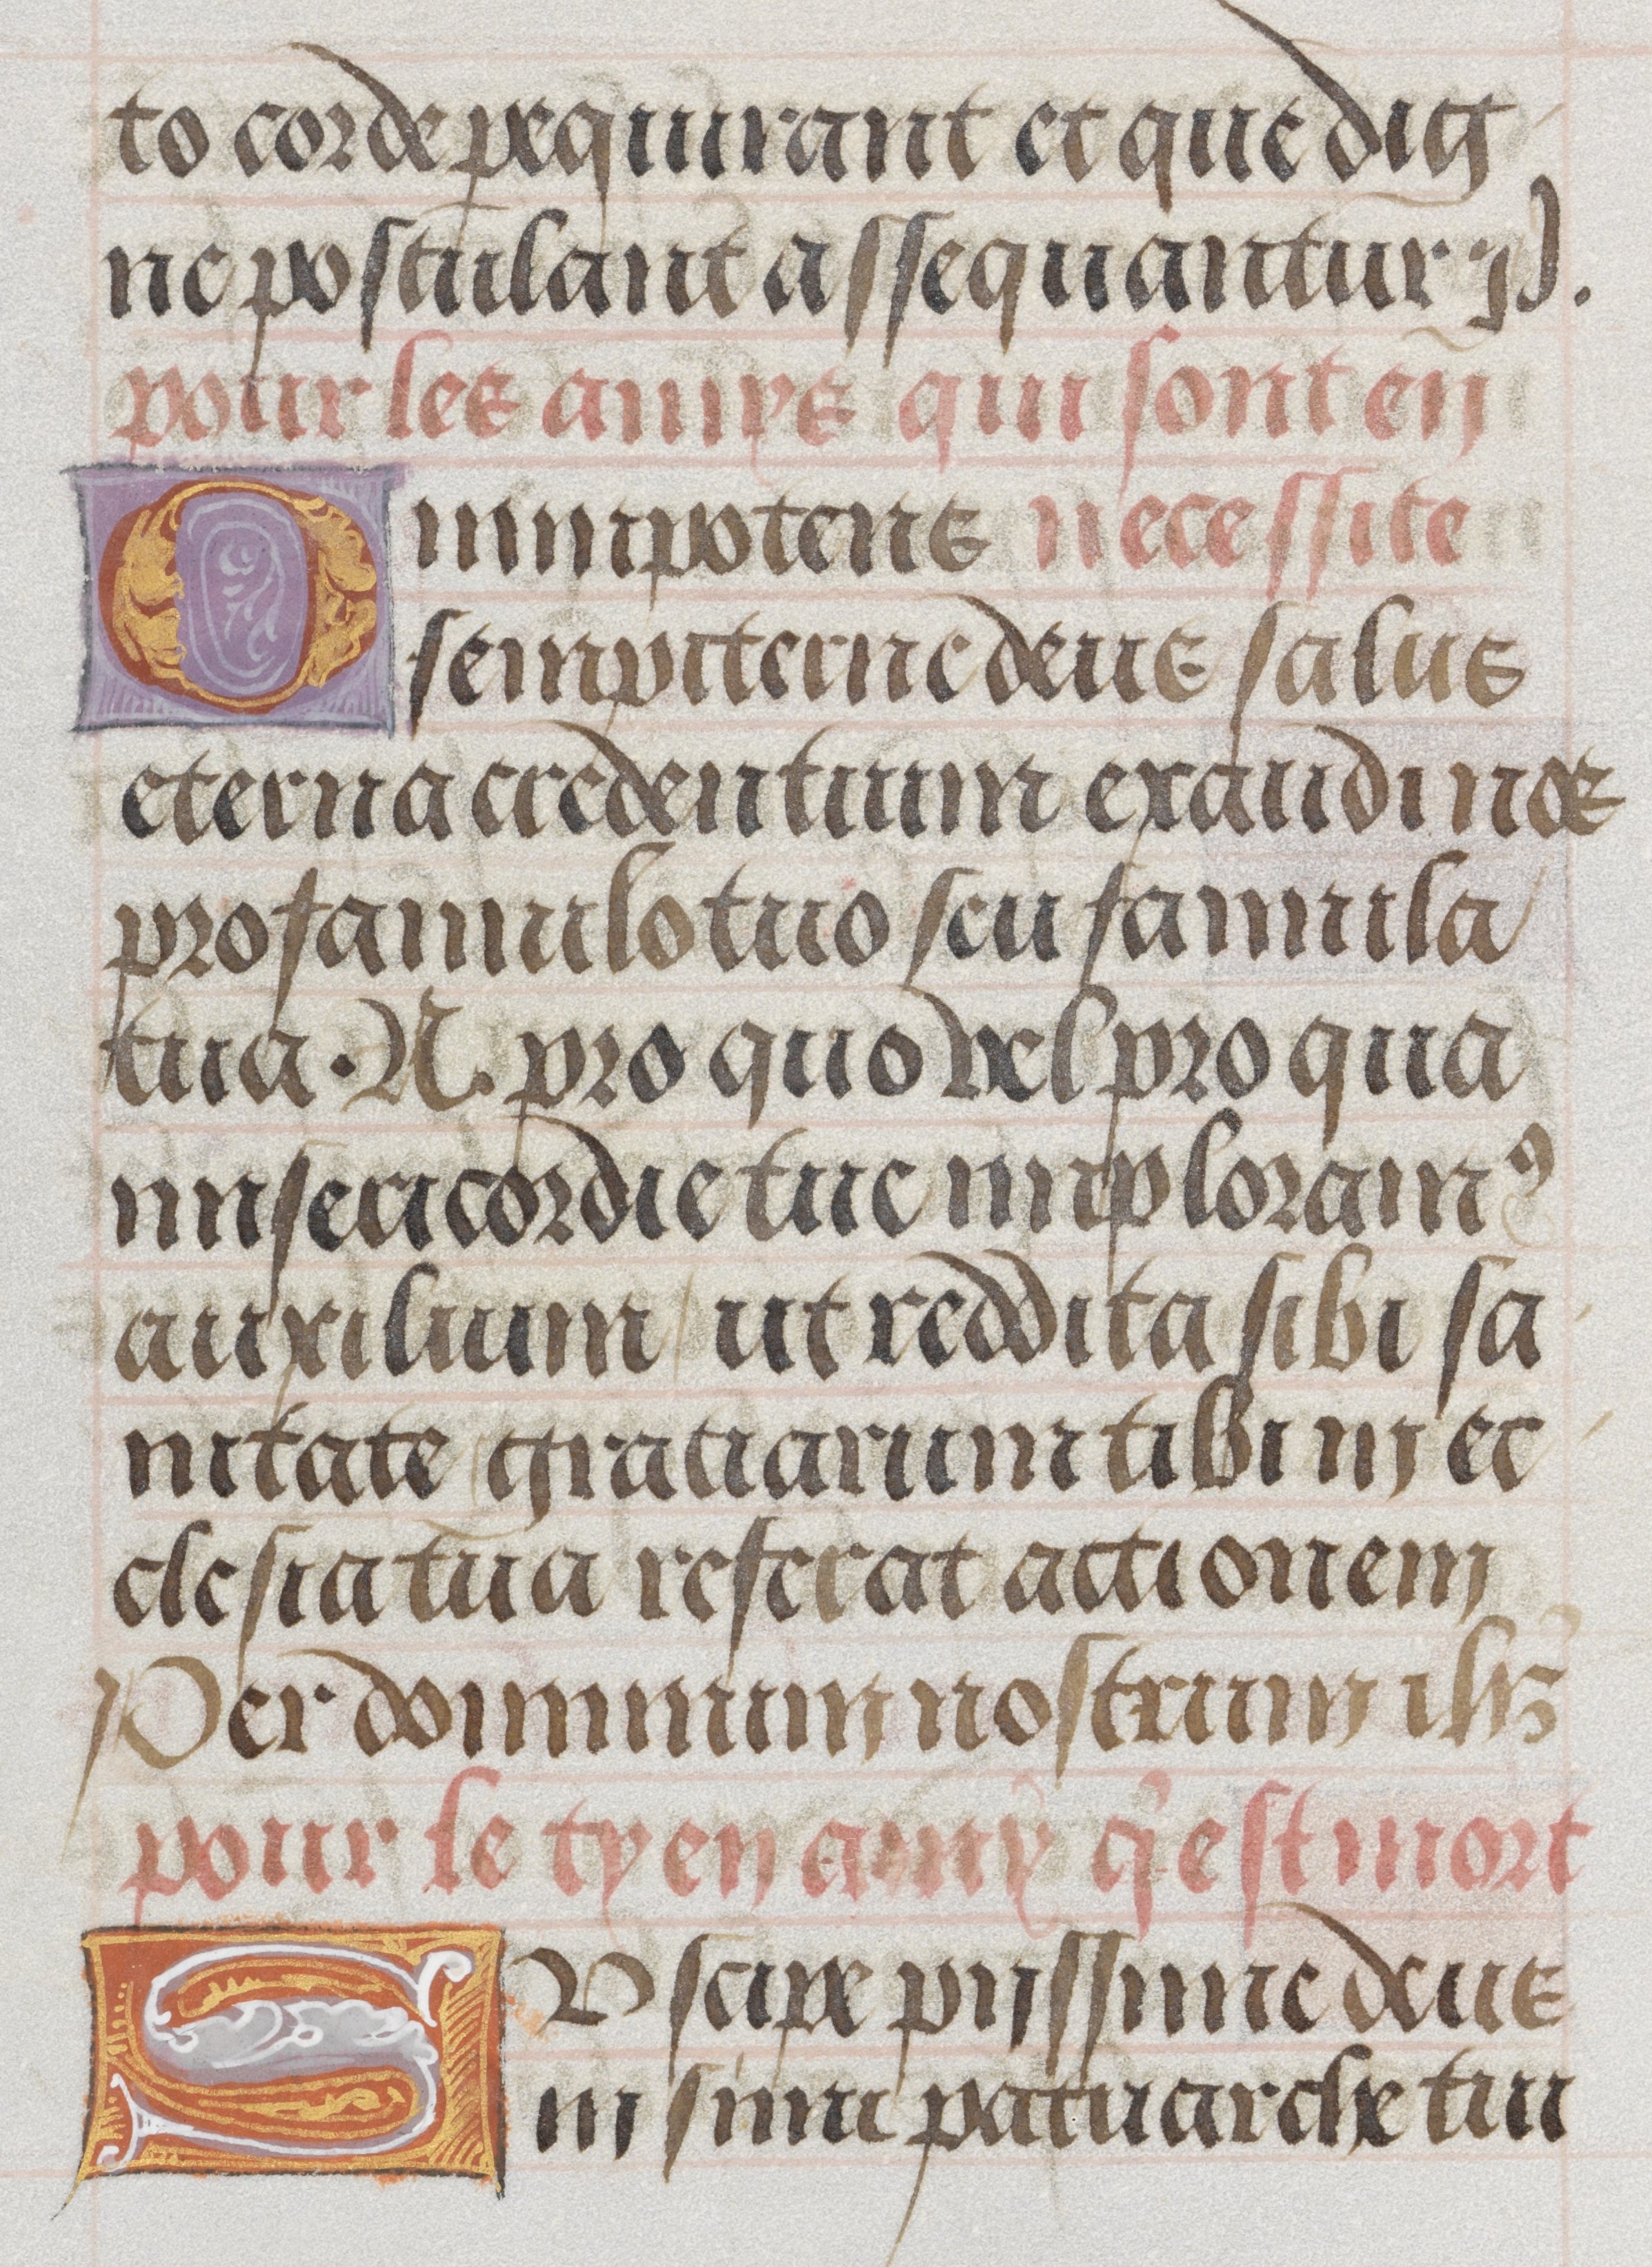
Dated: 1485–1515